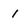
Character: i